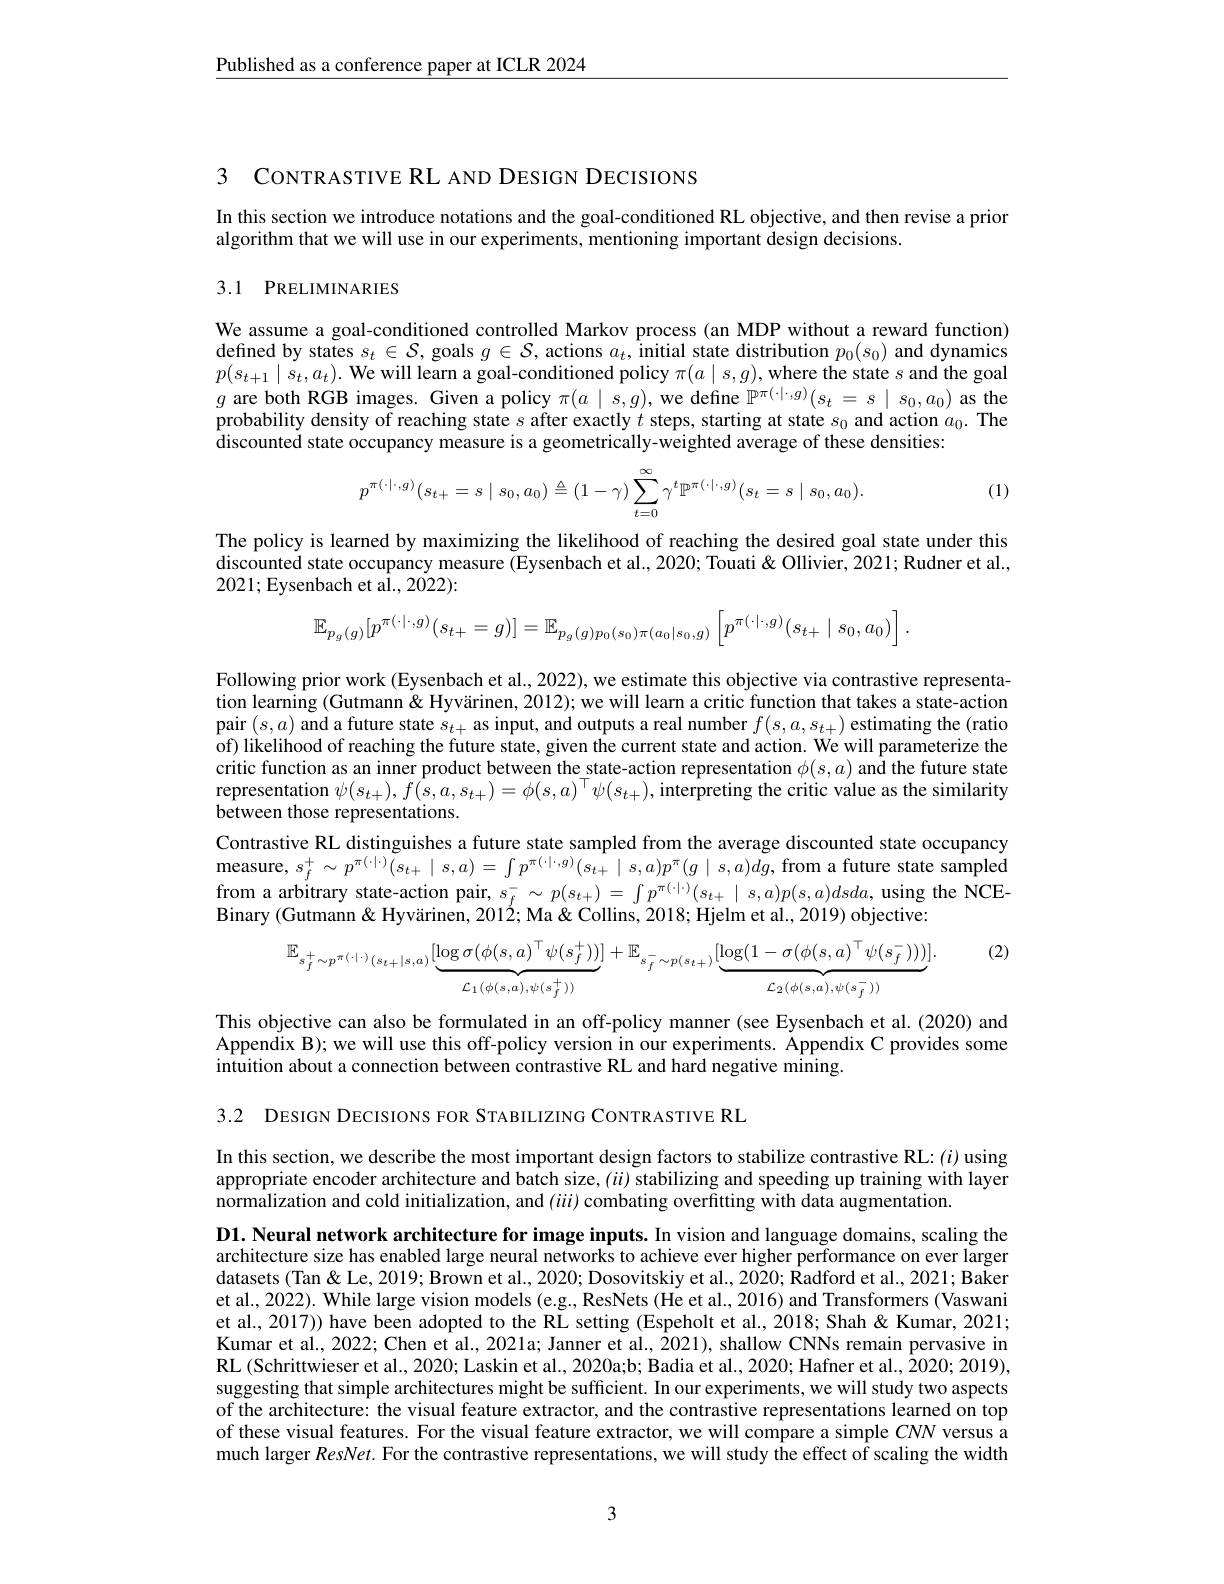
$\underline{\text{Published as a conference paper at ICLR 2024}}$

3 CONTRASTIVE RL AND DESIGN DECISIONS

In this section we introduce notations and the goal-conditioned RL objective, and then revise a prior
algorithm that we will use in our experiments, mentioning important design decisions.

## 3.1 PRELIMINARIES

We assume a goal-conditioned defined by states $s_t\in\mathcal{S}$, goals $g\in\mathcal{S}$, actions $a_t$, initial state distribution $p_0(s_0)$ and dynamics $p(s_{t+1}\mid s_t,a_t).$ We will learn a goal-conditioned policy $\pi(a\mid s,g)$,where the state $s$ and the goal $g$ are both RGB images. Giv probability density of reaching state $s$ after exactly $t$ steps, starting at state $s_0$ and action $a_0.$ The discounted state occupancy measure is a geometrically-weighted average of these densities:

(1)
$$p^{\pi(\cdot|\cdot,g)}(s_{t+}=s\mid s_0,a_0)\triangleq(1-\gamma)\sum_{t=0}^{\infty}\gamma^t\mathbb{P}^{\pi(\cdot|\cdot,g)}(s_t=s\mid s_0,a_0).$$
The policy is learned by maximizing the likelihood of reaching the desired goal state under this discounted state occupancy measure (Eysenbach et al., 2020; Touati & Ollivier, 2021; Rudner et al., 2021;Eysenbach et al., 2022):
$$\mathbb{E}_{p_{g}(g)}[p^{\pi(\cdot|\cdot,g)}(s_{t+}=g)]=\mathbb{E}_{p_{g}(g)p_{0}(s_{0})\pi(a_{0}|s_{0},g)}\left[p^{\pi(\cdot|\cdot,g)}(s_{t+}\mid s_{0},a_{0})\right].$$
Following prior work (Eysenb tion learning (Gutmann& Hyvärinen, 2012); we will learn a critic function that takes a state-action pair $(s,a)$ and afuture state $s_t+$ as input, and outputs a real number $f(s,a,s_{t+})$ estimating the (ratio of) likelihood of reaching the future state, given the current state and action. We will parameterize the critic function as an inner product between the state-action representation $\phi(s,a)$ and the future state representation $\psi(s_{t+}),f(s,a,s_{t+})=\phi(s,a)^{\top}\psi(s_{t+}),\hat{\text{interpreting the critic value as the similarity}}$ between those representation
Contrastive RL distinguishes a future state sampled from the average discounted state occupancy measure, $s_{f}^{+ }\sim p^{\pi ( \cdot \cdot ) }( s_{t+ }\mid s, a) = \int p^{\pi ( \cdot | \cdot , g) }( s_{t+ }\mid s, a) p^{\pi }( g\mid s, a) dg$,from a future state sampled from a arbitrary state-action pair, $s_f^-\sim p(s_{t+})=\int p^{\pi(\cdot|\cdot)}(s_{t+}\mid s,a)p(s,a)dsda$, using the NCEBinary (Gutmann& Hyvärinen, 201Ž; Ma & Collins, 2018; Hjelm et al., 2019) objective:

(2)
$$\mathbb{E}_{s_{f}^{+}\sim p^{\pi(\cdot|\cdot)}(s_{t+}|s,a)}[\underbrace{\log\sigma(\phi(s,a)^{\top}\psi(s_{f}^{+}))}_{\mathcal{L}_{1}(\phi(s,a),\psi(s_{f}^{+}))}]+\mathbb{E}_{s_{f}^{-}\sim p(s_{t+})}[\underbrace{\log(1-\sigma(\phi(s,a)^{\top}\psi(s_{f}^{-})))}_{\mathcal{L}_{2}(\phi(s,a),\psi(s_{f}^{-}))}].$$
This objective can also be formulated in an off-policy manner (see Eysenbach et al.(2020) and Appendix B); we will use this off-policy version in our experiments. Åppendix C provides some intuition about a connection

3.2 DESIGN DECISIONS FOR STA

In this section, we describe appropriate encoder architecture and batch size, $(ii)$ stabilizing and speeding up training with layer normalization and cold initialization, and $(iii)$ combating overfitting with data augmentation.

D1. Neural network architecture for image inputs. In vision and language domains, scaling the architecture size has enabled large neural networks to achieve ever higher performance on ever larger datasets (Tan& Le, 2019; Brown et al., 2020; Dosovitskiy et al., 2020; Radford et al., 2021; Baker et al., 2022). While large vision models (e.g., ResNets (He et al., 2016) and Transformers (Vaswani et al., 2017)) have been adopted to the RL setting (Espeholt et al., 2018; Shah& Kumar, 2021; Kumar et al., 2022; Chen et al., 2021a; Janner et al., 2021), shallow CNNs remain pervasive in RL (Schrittwieser et al., 2020; Laskin et al., 2020a;b; Badia et al., 2020; Hafner et al., 2020; 2019), suggesting that simple architectures might be sufficient. In our experiments, we will study two aspects of the architecture: the visual feature extractor, and the contrastive representations learned on top of these visual features. Fo much larger $ResNet.$ For th

3